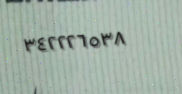
٣٤٢٢٢٦٥٣٨